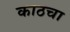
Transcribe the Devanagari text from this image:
काठचा